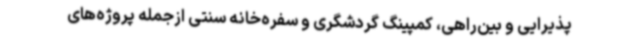
‌پذیرایی و بین‌راهی، کمپینگ گردشگری و سفره‌خانه سنتی ازجمله پروژه‌های